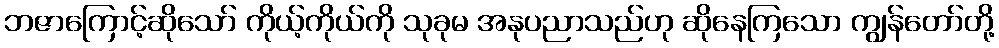
ဘဇာကြောင့်ဆိုသော် ကိုယ့်ကိုယ်ကို သုခုမ အနုပညာသည်ဟု ဆိုနေကြသော ကျွန်တော်တို့